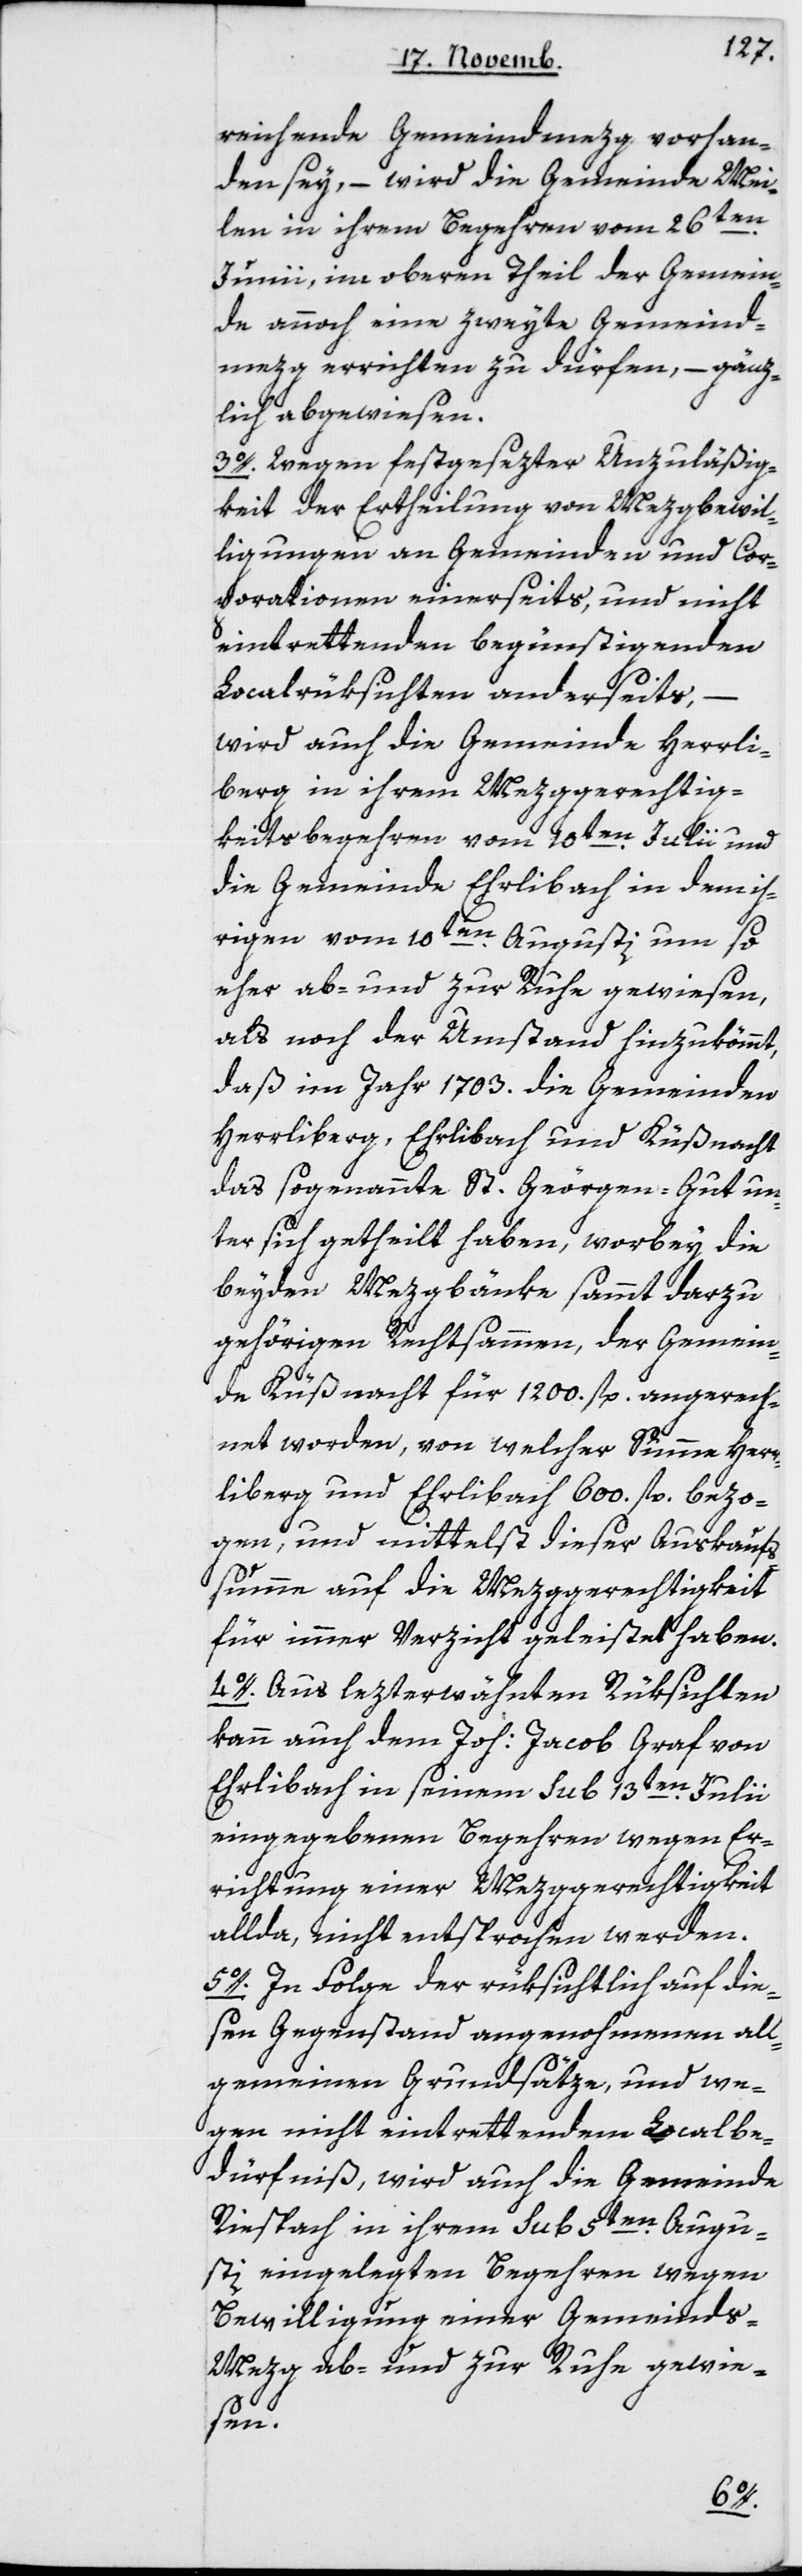
reichende Gemeindmezg vorhan¬
den sey, – wird die Gemeinde Mei¬
len in ihrem Begehren vom 26ten
Junii, im oberen Theil der Gemein¬
de annoch eine zweyte Gemeind¬
mezg errichten zu dürfen, – gänz¬
lich abgewiesen.
3. Wegen festgesezter Unzuläßig¬
keit der Ertheilung von Mezgbewil¬
lgungen an Gemeinden und Cor¬
porationen einerseits, und nicht
eintrettenden begünstigenden
Localrüksichten anderseits,
wird auch die Gemeinde Herrli¬
berg in ihrem Mezg-Gerechtig¬
keitsbegehren vom 10ten Julii und
die Gemeinde Erlenbach in dem ih¬
rigen vom 10ten Augusti um so
eher ab- und zur Ruhe gewiesen,
als noch der Umstand hinzukömmt,
daß im Jahr 1703 die Gemeinden
Herrliberg, Erlenbach und Küsnacht
das sogenannte St.-Geörgen-Gut un¬
ter sich getheilt haben, worbey die
beiden Mezgbänke sammt darzu
gehörigen Rechtsamen, der Gemein¬
de Küsnacht für 1200 fl. angerech¬
net worden, von welcher Summe Herr¬
liberg und Ehrlibach 600 fl. bezo¬
gen, und mittelst dieser Auskaufs¬
summe auf die Mezggerechtigkeit
für immer Verzicht geleistet haben.
4. Aus lezterwähnten Rüksichten
kann auch dem Joh. Jacob Graf von
Ehrlibach in seinem sub 13ten Julii
eingegebenen Begehren wegen Er¬
richtung einer Mezggerechtigkeit
allda, nicht entsprochen werden.
5. In Folge der rüksichtlich auf die¬
sen Gegenstand angenohmenen all¬
gemeinen Grundsätze, und we¬
gen nicht eintrettendem Localbe¬
dürfnis, wird auch die Gemeinde
Riesbach in ihrem sub 5ten Augu¬
sti eingelegten Begehren wegen
Bewilligung einer Gemeind¬
s-Mezg ab- und zur Ruhe gewie¬
sen.